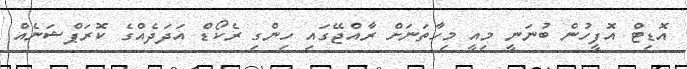
އޮޑިޓް އޮފީހުން ބުނަނީ މިއީ މިހާތަނަށް ރާއްޖޭގައި ހިންގި ރެކޯޑް އަދަދެއްގެ ކޮރަޕްޝަނެއް